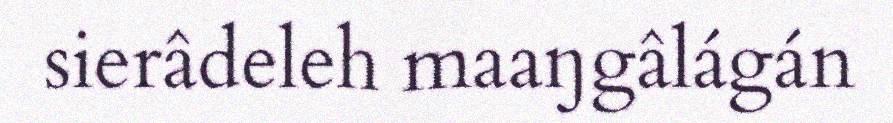
sierâdeleh maaŋgâlágán